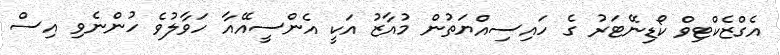
އެގްޒެކްޓިވް ކޯޑިނޭޓަރު ގެ ހައިސިއްޔަތުން މުއާޒު އަކީ އެންސީއޭއާ ހަވާލުވެ ހުންނެވި އިސް